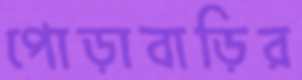
পোড়াবাড়ির